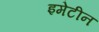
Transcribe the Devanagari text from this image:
इमेटीन